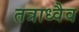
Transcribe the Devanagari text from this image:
तत्राध्वैव